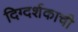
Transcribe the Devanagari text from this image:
दिग्दर्शकाची